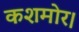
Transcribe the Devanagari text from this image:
कशमोर।